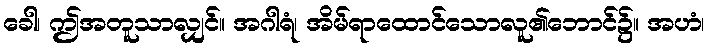
ခေါ၊ ဤအတူသာလျှင်။ အဂါရံ၊ အိမ်ရာထောင်သောလူ၏ဘောင်၌။ အဟံ၊